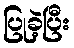
ပြုခဲ့ပြီး